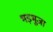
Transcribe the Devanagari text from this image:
भड़भूजा